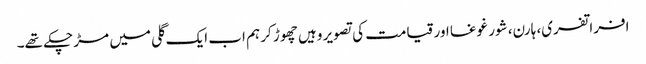
افراتفری، ہارن، شور غوغا اور قیامت کی تصویر وہیں چھوڑ کر ہم اب ایک گلی میں مڑ چکے تھے۔